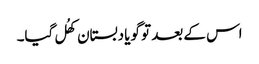
اس کے بعد تو گویا دبستان کھُل گیا۔